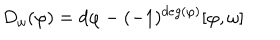
D _ { \omega } ( \varphi ) = d \varphi - ( - 1 ) ^ { d e g ( \varphi ) } [ \varphi , \omega ]